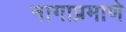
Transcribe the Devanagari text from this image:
नागाप्रमाणे